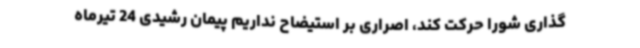
گذاری شورا حرکت کند، اصراری بر استیضاح نداریم پیمان رشیدی 24 تیرماه